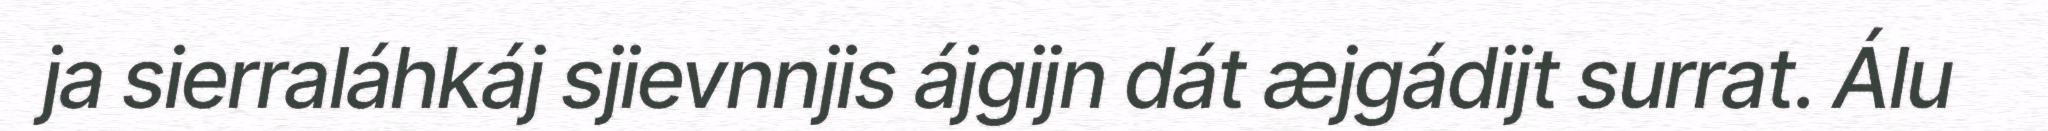
ja sierraláhkáj sjievnnjis ájgijn dát æjgádijt surrat. Álu